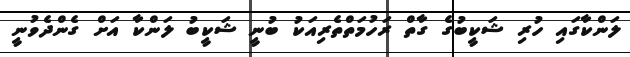
ލަންކާގައި ހުރި ޝަކީބުގެ ގާތް ރަހުމަތްތެރިއަކު ބުނީ ޝަކީބު ލަންކާ އަށް ގެންދެވުނީ